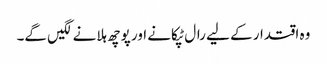
وہ اقتدار کے لیے رال ٹپکانے اور پوچھ ہلانے لگیں گے۔